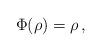
LaTeX: \begin{align*}\Phi(\rho)=\rho\,,\end{align*}